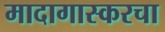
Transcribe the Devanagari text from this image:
मादागास्करचा